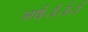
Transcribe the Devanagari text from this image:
आई॰ई॰ई॰ई